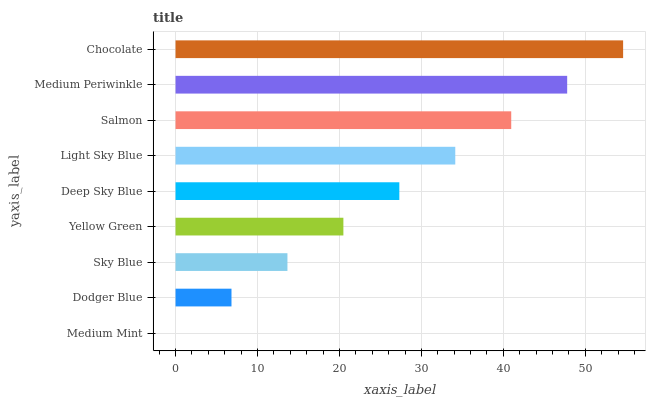
| yaxis_label | bars |
 | --- | --- |
 | Medium Mint | 0 |
 | Dodger Blue | 6.83 |
 | Sky Blue | 13.7 |
 | Yellow Green | 20.5 |
 | Deep Sky Blue | 27.3 |
 | Light Sky Blue | 34.1 |
 | Salmon | 41 |
 | Medium Periwinkle | 47.8 |
 | Chocolate | 54.6 |